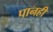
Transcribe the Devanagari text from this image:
पानही